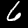
Label: 6